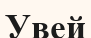
Увей